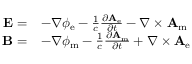
{ \begin{array} { r l } { \mathbf { E } = } & { - \nabla \phi _ { \mathrm { e } } - { \frac { 1 } { c } } { \frac { \partial \mathbf { A } _ { \mathrm { e } } } { \partial t } } - \nabla \times \mathbf { A } _ { \mathrm { m } } } \\ { \mathbf { B } = } & { - \nabla \phi _ { \mathrm { m } } - { \frac { 1 } { c } } { \frac { \partial \mathbf { A } _ { \mathrm { m } } } { \partial t } } + \nabla \times \mathbf { A } _ { \mathrm { e } } } \end{array} }